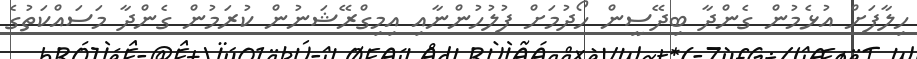
ހިލާފަށް އުޅެމުން ގެންދާ ބިދޭސީން ހޯދުމަށް ފުލުހުންނާއި އިމިގްރޭޝަނުން ކުރަމުން ގެންދާ މަސައްކަތުގެ